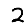
Digit: 2